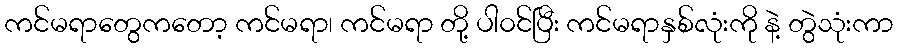
ကင်မရာတွေကတော့ ကင်မရာ၊ ကင်မရာ တို့ ပါ၀င်ပြီး ကင်မရာနှစ်လုံးကို နဲ့ တွဲသုံးကာ